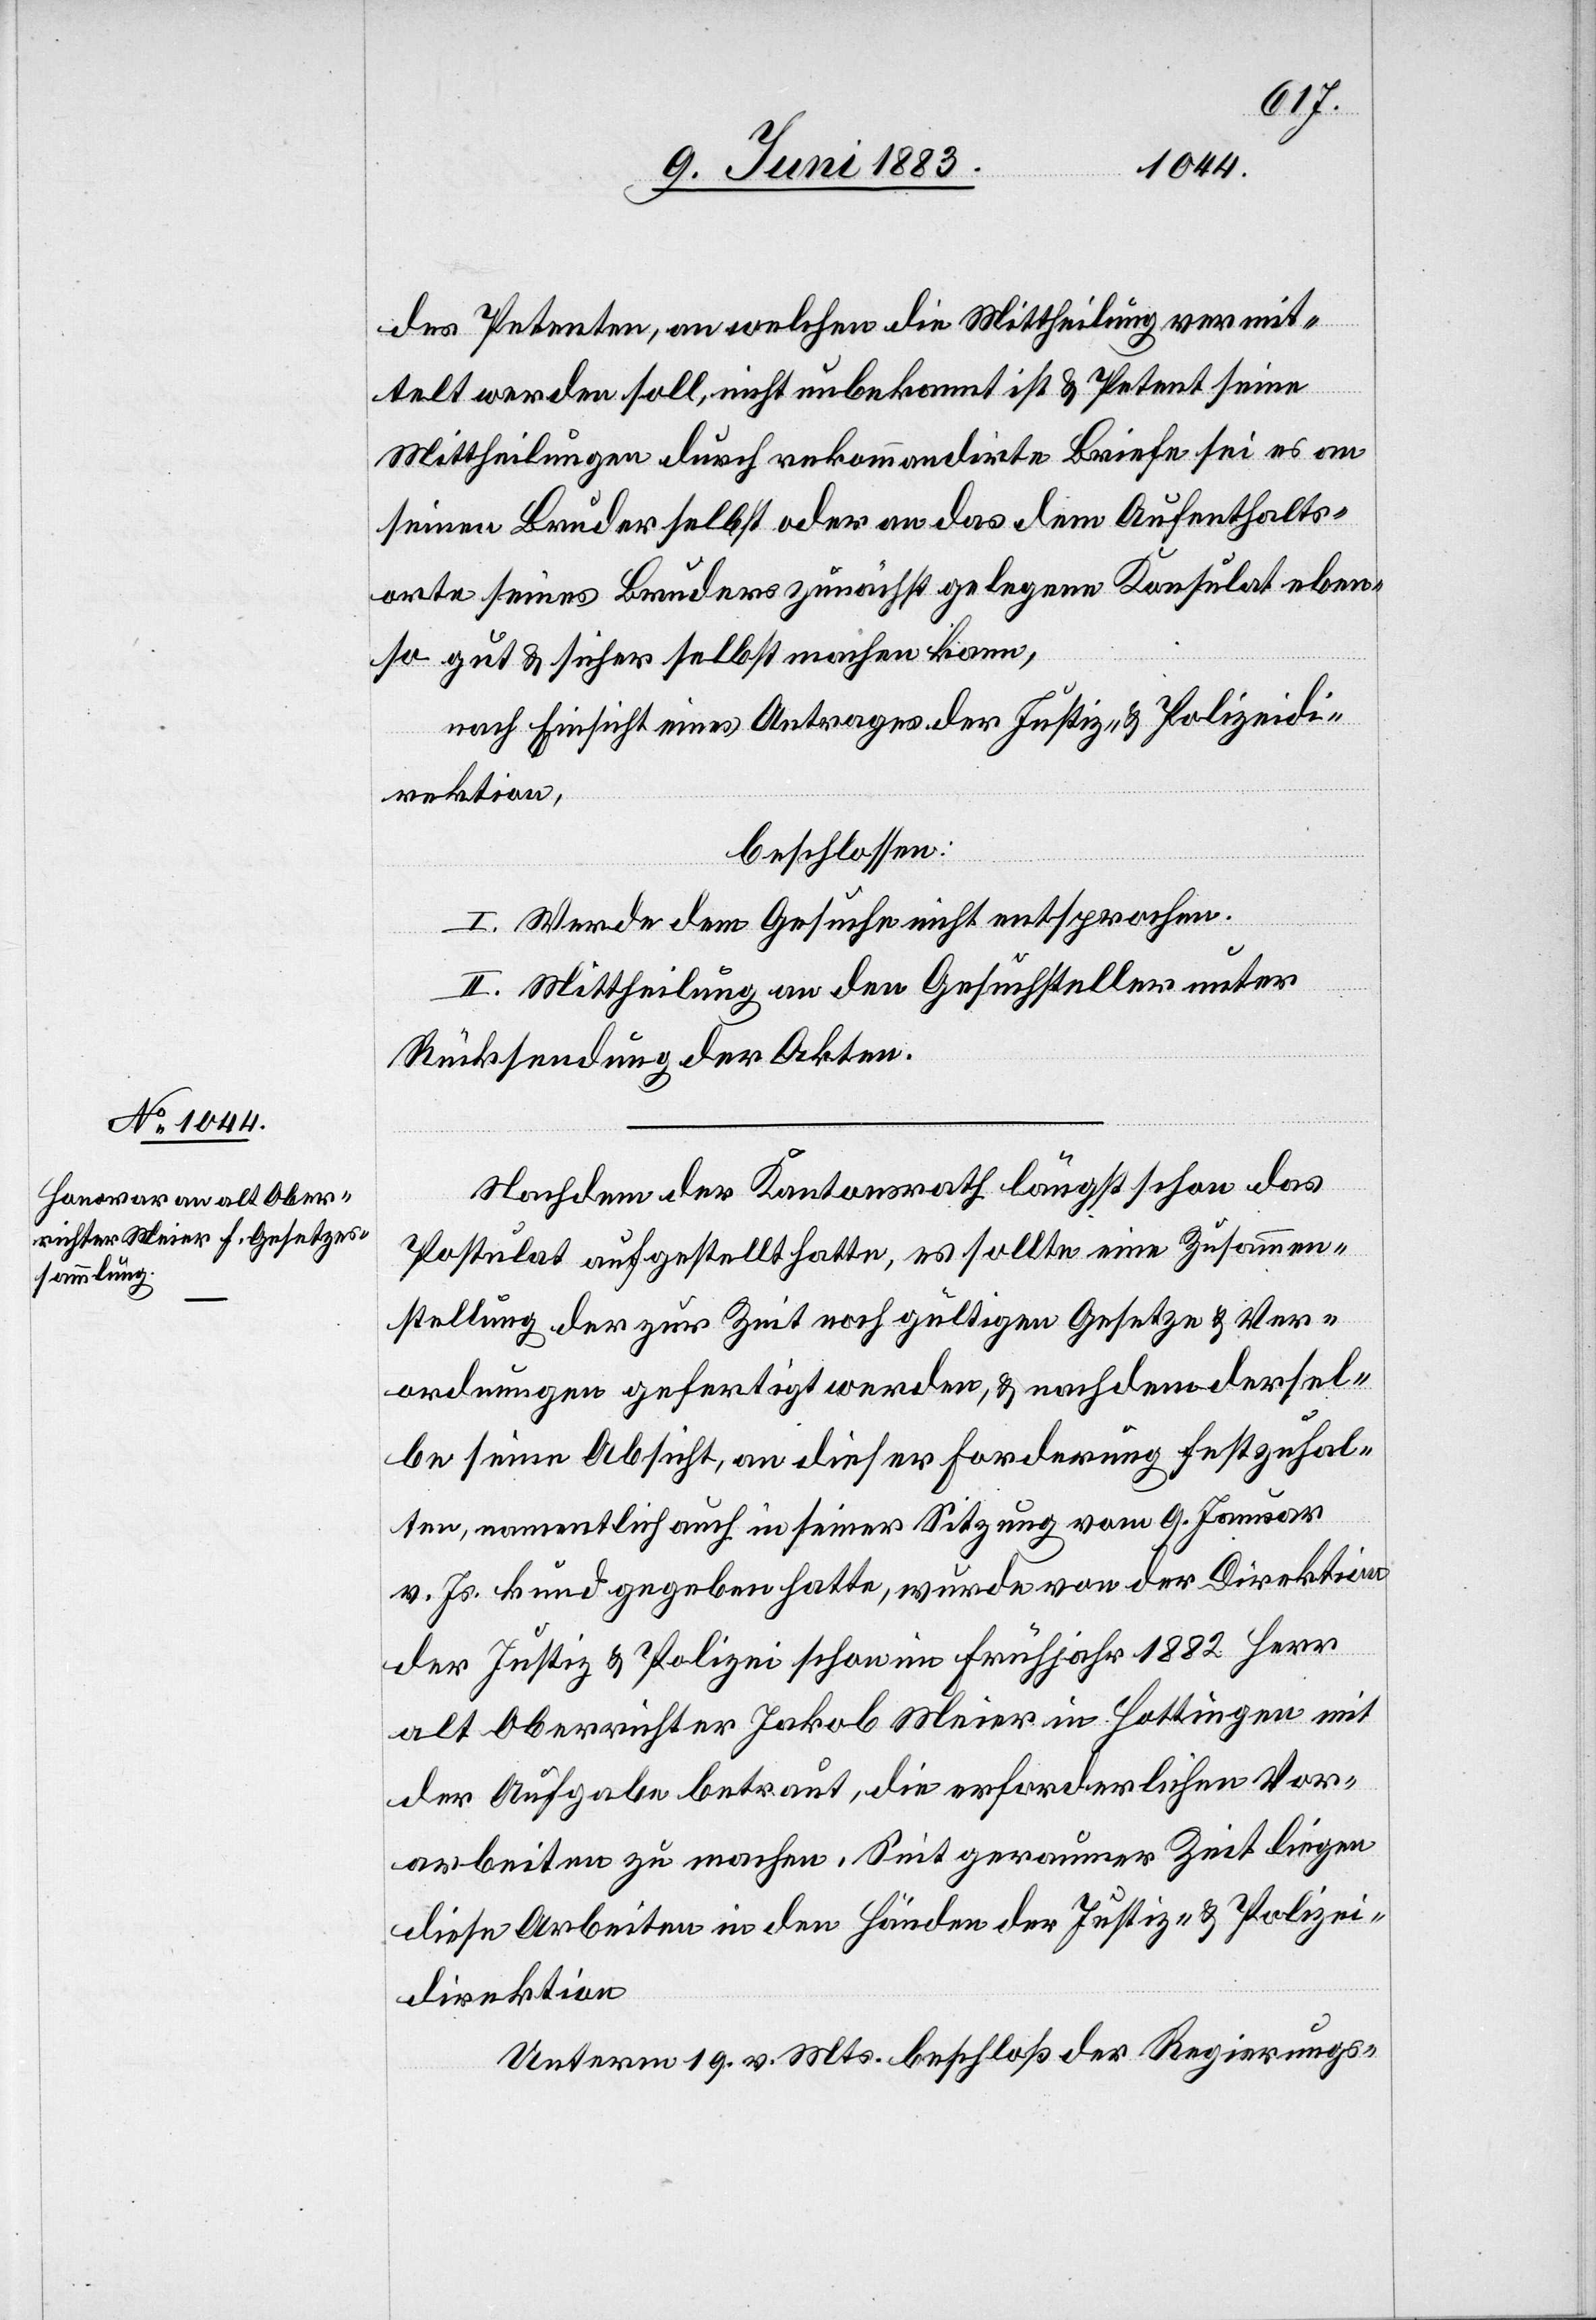
des Petenten, an welchen die Mittheilung vermit¬
telt werden soll, nicht unbekannt ist & Petent seine
Mittheilungen durch rekommandirte Briefe sei es an
seinen Bruder selbst oder an das dem Aufenthalts¬
orte seines Bruders zunächst gelegene Konsulat eben¬
so gut & sicher selbst machen kann,
nach Einsicht eines Antrages der Justiz- & Polizeidi¬
rektion,
beschlossen:
I. Werde dem Gesuche nicht entsprochen.
II. Mittheilung an den Gesuchsteller unter
Rücksendung der Akten.
Nachdem der Kantonsrath längst schon das
Postulat aufgestellt hatte, es sollte eine Zusammen¬
stellung der zur Zeit noch gültigen Gesetze & Ver¬
ordnungen gefertigt werden, & nachdem dersel¬
be seine Absicht, an dieser Forderung festzuhal¬
ten, namentlich auch in seiner Sitzung vom 9. Januar
v. Js. kund gegeben hatte, wurde von der Direktion
der Justiz & Polizei schon im Frühjahr 1882 Herr
alt Oberrichter Jakob Meier in Hottingen mit
der Aufgabe betraut, die erforderlichen Vor¬
arbeiten zu machen. Seit geraumer Zeit liegen
diese Arbeiten in den Händen der Justiz- & Polizei¬
direktion.
Unterm 19. v. Mts. beschloß der Regierungs-